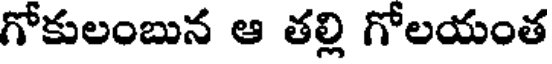
గోకులంబున ఆ తల్లి గోలయంత